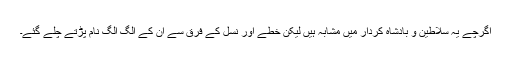
اگرچے یہ سلاطین و بادشاہ کردار میں مشابہ ہیں لیکن خطے اور نسل کے فرق سے ان کے الگ الگ نام پڑتے چلے گئے۔